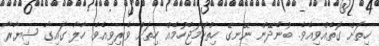
ހިތަށް ގޮތެއްވިއެވެ. ބުނެދޭން ނޭނގޭ ހިތްހަމަޖެހުމެއް ހިތަށް ވެރިވިއެވެ. ހާލާ ގައިގާ ޝިޔާރާ